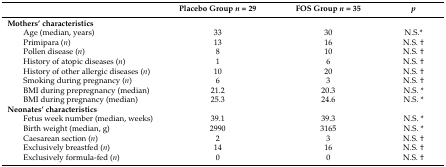
|  | Placebo Group n = 29 | FOS Group n = 35 | p |
 | --- | --- | --- | --- |
 | Mothers’ characteristics |  |  |  |
 | Age (median, years) | 33 | 30 | N.S.* |
 | Primipara (n) | 13 | 16 | N.S. † |
 | Pollen disease (n) | 8 | 10 | N.S. † |
 | History of atopic diseases (n) | 1 | 6 | N.S. † |
 | History of other allergic diseases (n) | 10 | 20 | N.S. † |
 | Smoking during pregnancy (n) | 6 | 3 | N.S. † |
 | BMI during prepregnancy (median) | 21.2 | 20.3 | N.S. * |
 | BMI during pregnancy (median) | 25.3 | 24.6 | N.S. * |
 | Neonates’ characteristics |  |  |  |
 | Fetus week number (median, weeks) | 39.1 | 39.3 | N.S. * |
 | Birth weight (median, g) | 2990 | 3165 | N.S. * |
 | Caesarean section (n) | 2 | 3 | N.S. † |
 | Exclusively breastfed (n) | 14 | 16 | N.S. † |
 | Exclusively formula-fed (n) | 0 | 0 | N.S. † |